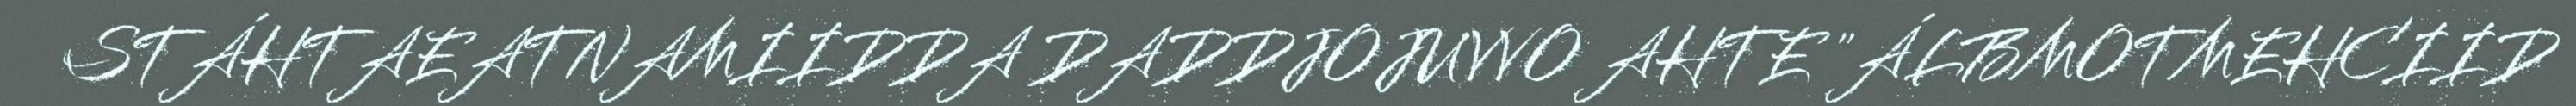
STÁHTAEATNAMIIDDA DADDJOJUVVO AHTE "ÁLBMOTMEHCIID